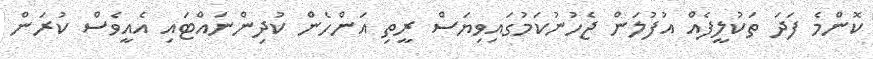
ކޮންމެ ފަދަ ތަކުލީފެއް އުފުލަން ޖެހުނުކަމުގައިވިޔަސް ރީތި އަންހެން ކުދިންނައްޓަައި އެއީވެސް ކުރަން